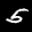
Label: 5